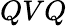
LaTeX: QVQ